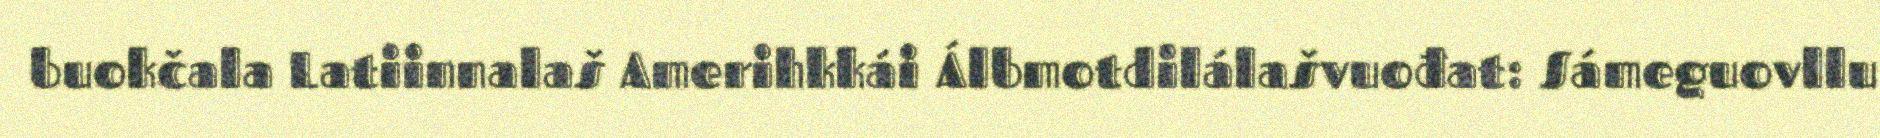
buokčala Latiinnalaš Amerihkkái Álbmotdilálašvuođat: Sámeguovllu